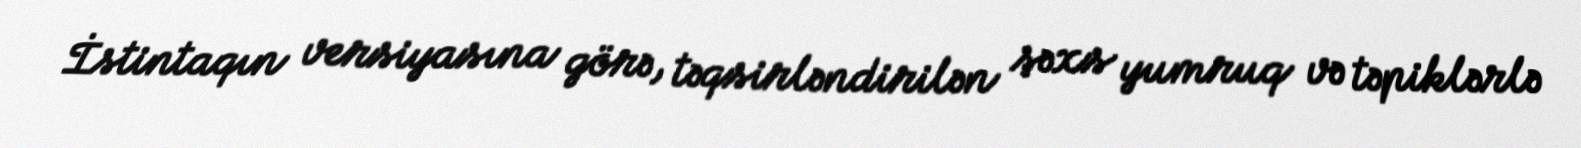
İstintaqın versiyasına görə, təqsirləndirilən şəxs yumruq və təpiklərlə